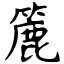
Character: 簏